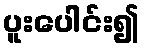
ပူးပေါင်း၍